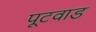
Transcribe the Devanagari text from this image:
पूटवाड